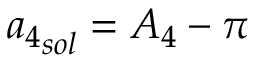
{ a _ { 4 } } _ { s o l } = { A _ { 4 } } - \pi